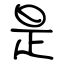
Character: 是